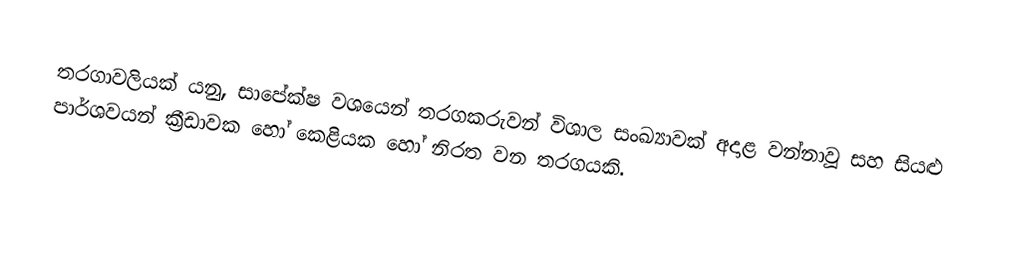
තරගාවලියක් යනු, සාපේක්ෂ වශයෙන් තරගකරුවන් විශාල සංඛ්‍යාවක් අදාළ වන්නාවූ සහ සියළු පාර්ශවයන් ක්‍රීඩාවක හෝ කෙළියක හෝ ‍නිරත වන තරගයකි.